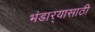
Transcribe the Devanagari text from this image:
भंडार्‍यासाठी